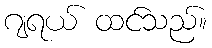
ဂျရယ် ထင်သည်။